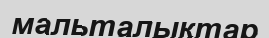
мальталықтар